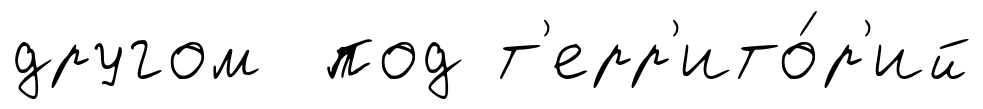
другом под т'ерр'ито́р'ий